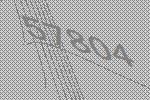
57804